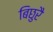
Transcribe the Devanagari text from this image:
बिछुरै